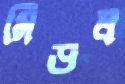
মিডল